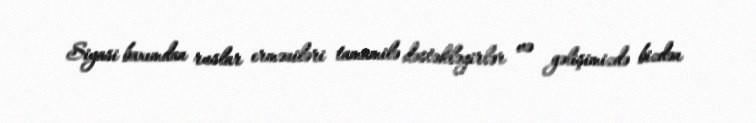
Siyasi baxımdan ruslar erməniləri tamamilə dəstəkləyirlər və gəlişimizdə bizdən